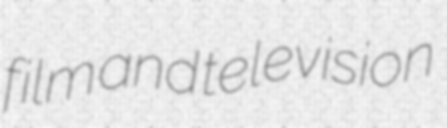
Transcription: film and television